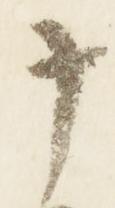
十